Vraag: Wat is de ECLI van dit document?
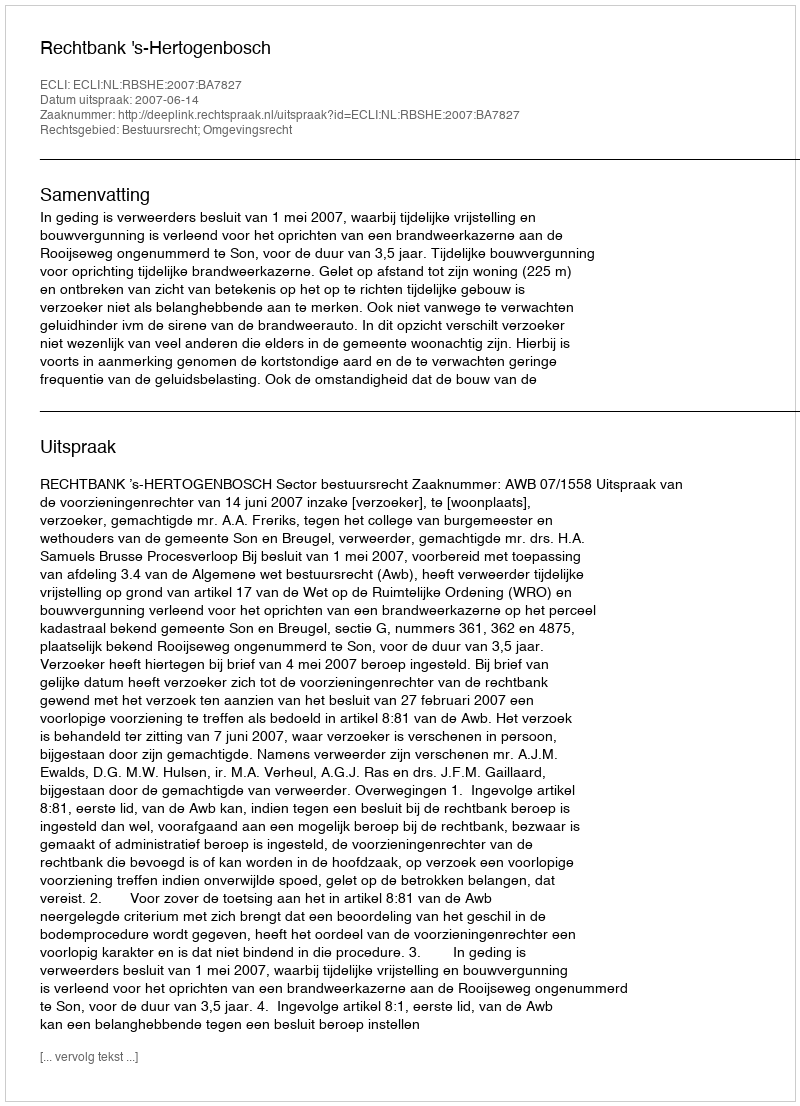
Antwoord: ECLI:NL:RBSHE:2007:BA7827